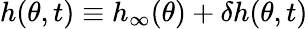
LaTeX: h(\theta,t)\equiv h_{\infty}(\theta)+\delta h(\theta,t)